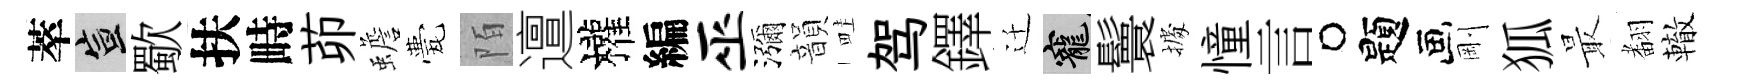
萃宣歜扶畤茆蟾甍陌邅權編巫瀰韻畦驾鐸迁寵鬟𢴃憧言题剛狐最𮋒轍